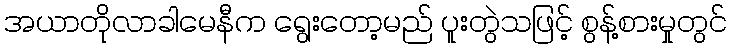
အယာတိုလာခါမေနီက ရွေးတော့မည် ပူးတွဲသဖြင့် စွန့်စားမှုတွင်